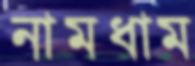
নামধাম